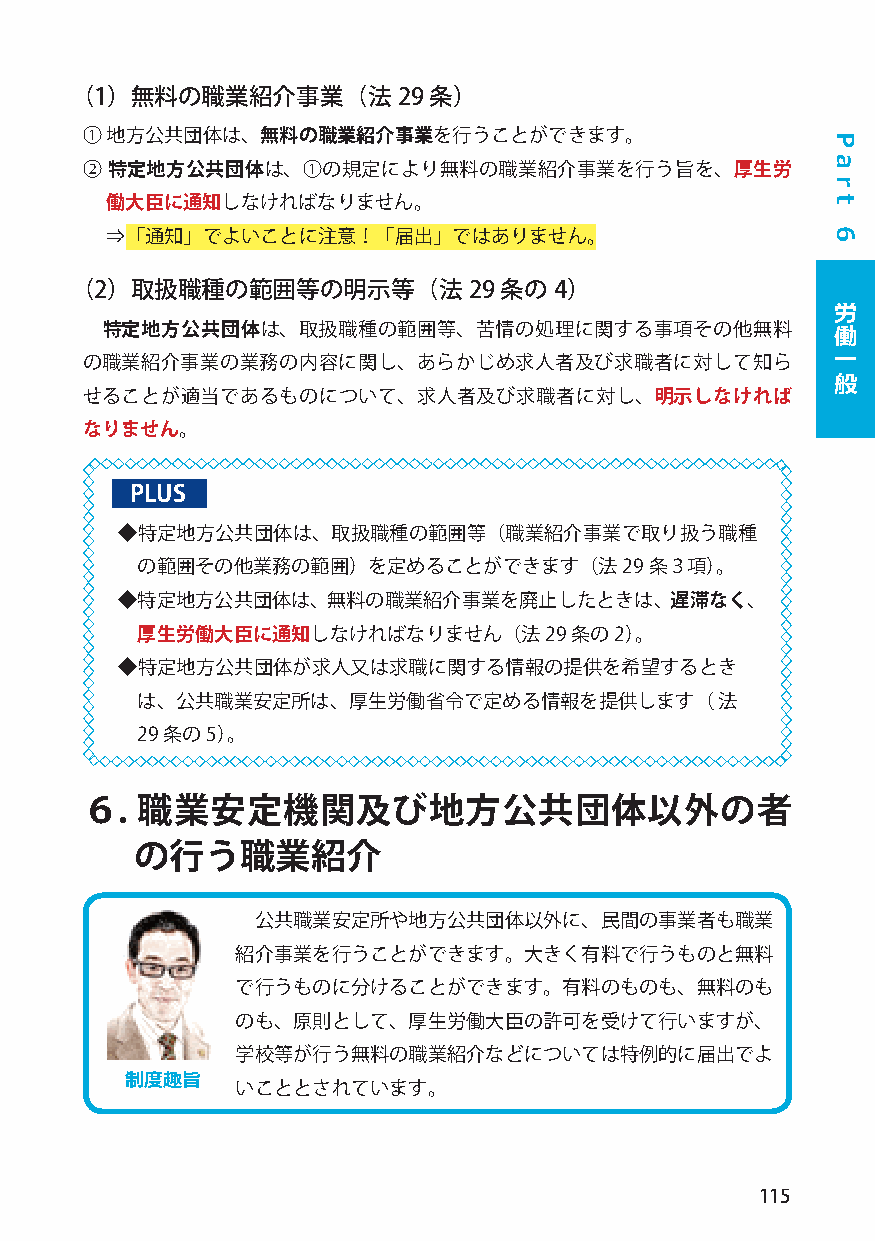
（1）無料の職業紹介事業（法29       条）
 ① 地方公共団体は、無料の職業紹介事業を行うことができます。
 ② 特定地方公共団体は、①の規定により無料の職業紹介事業を行う旨を、厚生労
 働大臣に通知しなければなりません。
 ⇒「通知」でよいことに注意！「届出」ではありません。
 （2）取扱職種の範囲等の明示等（法29         条の4）
 労
 特定地方公共団体は、取扱職種の範囲等、苦情の処理に関する事項その他無料             働
 一
 の職業紹介事業の業務の内容に関し、あらかじめ求人者及び求職者に対して知ら
 般
 せることが適当であるものについて、求人者及び求職者に対し、明示しなければ
 なりません。
 PLUS
 ◆特定地方公共団体は、取扱職種の範囲等（職業紹介事業で取り扱う職種
 の範囲その他業務の範囲）を定めることができます（法29条３項）。
 ◆特定地方公共団体は、無料の職業紹介事業を廃止したときは、遅滞なく、
 厚生労働大臣に通知しなければなりません（法29      条の2）。
 ◆特定地方公共団体が求人又は求職に関する情報の提供を希望するとき
 は、公共職業安定所は、厚生労働省令で定める情報を提供します（         法
 29 条の5）。
 ６.  職業安定機関及び地方公共団体以外の者
 の行う職業紹介
 公共職業安定所や地方公共団体以外に、民間の事業者も職業
 紹介事業を行うことができます。大きく有料で行うものと無料
 で行うものに分けることができます。有料のものも、無料のも
 のも、原則として、厚生労働大臣の許可を受けて行いますが、
 学校等が行う無料の職業紹介などについては特例的に届出でよ
 制度趣旨    いこととされています。
 115
 P
 a
 r
 t
 6